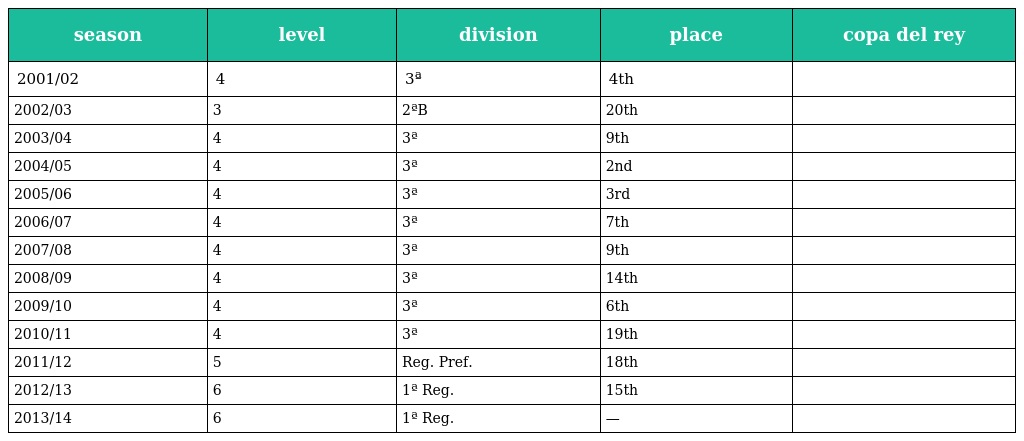
| season | level | division | place | copa del rey |
 | --- | --- | --- | --- | --- |
 | 2001/02 | 4 | 3ª | 4th |  |
 | 2002/03 | 3 | 2ªB | 20th |  |
 | 2003/04 | 4 | 3ª | 9th |  |
 | 2004/05 | 4 | 3ª | 2nd |  |
 | 2005/06 | 4 | 3ª | 3rd |  |
 | 2006/07 | 4 | 3ª | 7th |  |
 | 2007/08 | 4 | 3ª | 9th |  |
 | 2008/09 | 4 | 3ª | 14th |  |
 | 2009/10 | 4 | 3ª | 6th |  |
 | 2010/11 | 4 | 3ª | 19th |  |
 | 2011/12 | 5 | Reg. Pref. | 18th |  |
 | 2012/13 | 6 | 1ª Reg. | 15th |  |
 | 2013/14 | 6 | 1ª Reg. | — |  |